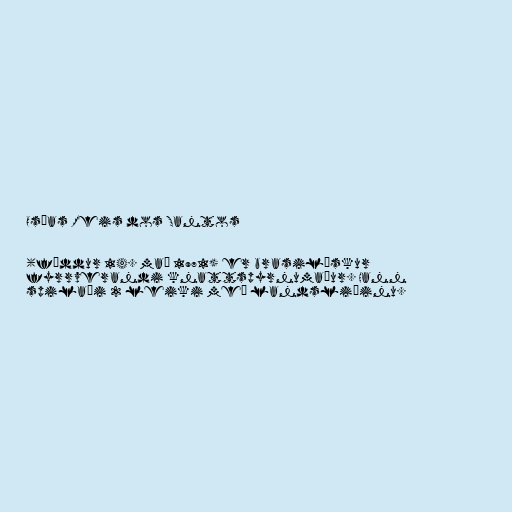
Oséas Reis dos Santos

(fæddur 14. maí 1971) er brasilískur
fyrrverandi knattspyrnumaður. Hann
spilaði 2 leiki með landsliðinu.